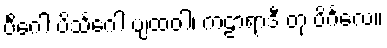
ပိင်္ဂေါ ပိသင်္ဂေါ ပျထဝါ၊ ကဠာရာဒီ တု ပိင်္ဂလေ။